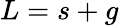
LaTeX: L=s+g